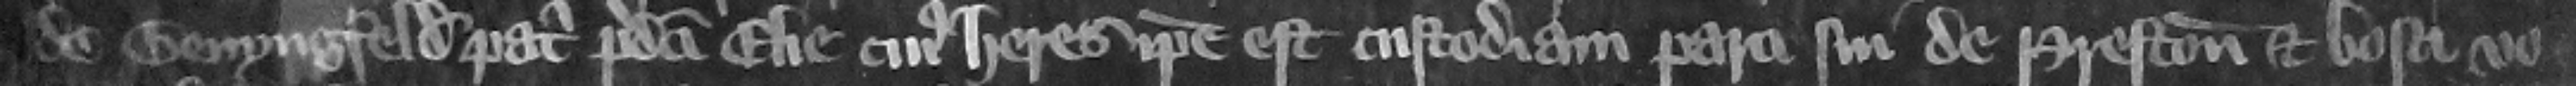
de Benyngfeld patri predicti Elie cuius heres ipse est custodiam parci sui de Preston et bosci vo